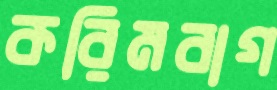
করিমবাগ